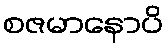
စဇမာနောပိ